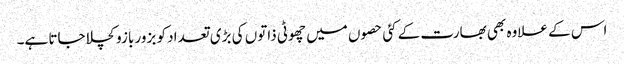
اس کے علاوہ بھی بھارت کے کئی حصوں میں چھوٹی ذاتوں کی بڑی تعداد کو بزور بازو کچلا جاتا ہے۔